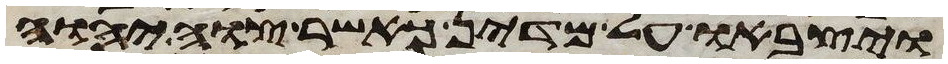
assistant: ויצבאו על מדין כאשר צוה יהוה